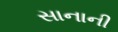
સાનાની